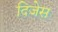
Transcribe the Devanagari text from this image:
दिजेस